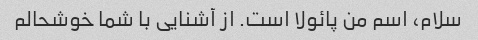
سلام، اسم من پائولا است. از آشنایی با شما خوشحالم